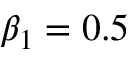
\beta _ { 1 } = 0 . 5